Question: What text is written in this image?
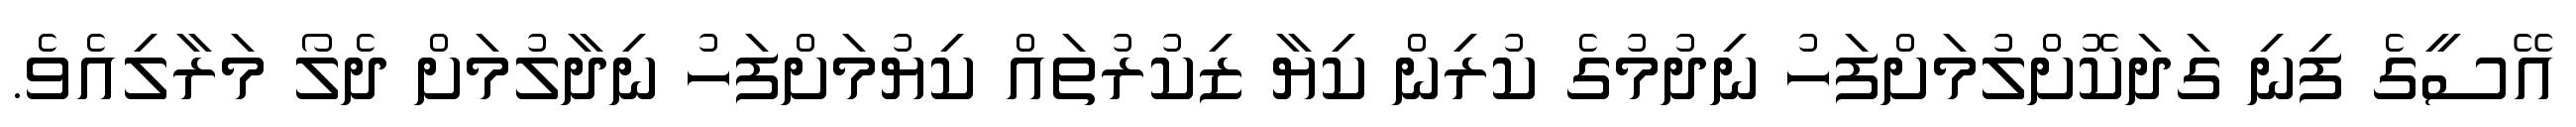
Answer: އޭސީގެ ފިނި ގަދަކޮށްލުމަށްފަހު ނިދުމުގެ ކުރިން ކިޔާ ޒިކުރުތައް ކިޔުމަށްފަހު ނިދާލުމަށް ދެލޯ މަރާލިއެވެ.